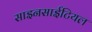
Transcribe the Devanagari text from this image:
साइनसाईटियल